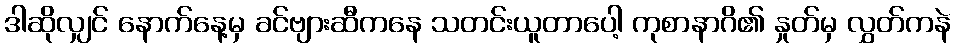
ဒါဆိုလျှင် နောက်နေ့မှ ခင်ဗျားဆီကနေ သတင်းယူတာပေါ့ ကုစာနာဂိ၏ နှုတ်မှ လွှတ်ကနဲ